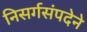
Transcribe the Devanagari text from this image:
निसर्गसंपदेने